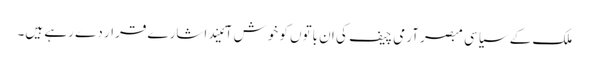
ملک کے سیاسی مبصر آرمی چیف کی ان باتوں کو خوش آئیند اشارے قرار دے رہے ہیں۔